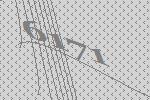
6171